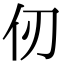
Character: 仞